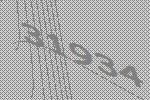
31934